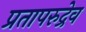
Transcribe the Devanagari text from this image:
प्रतापरुद्रेव